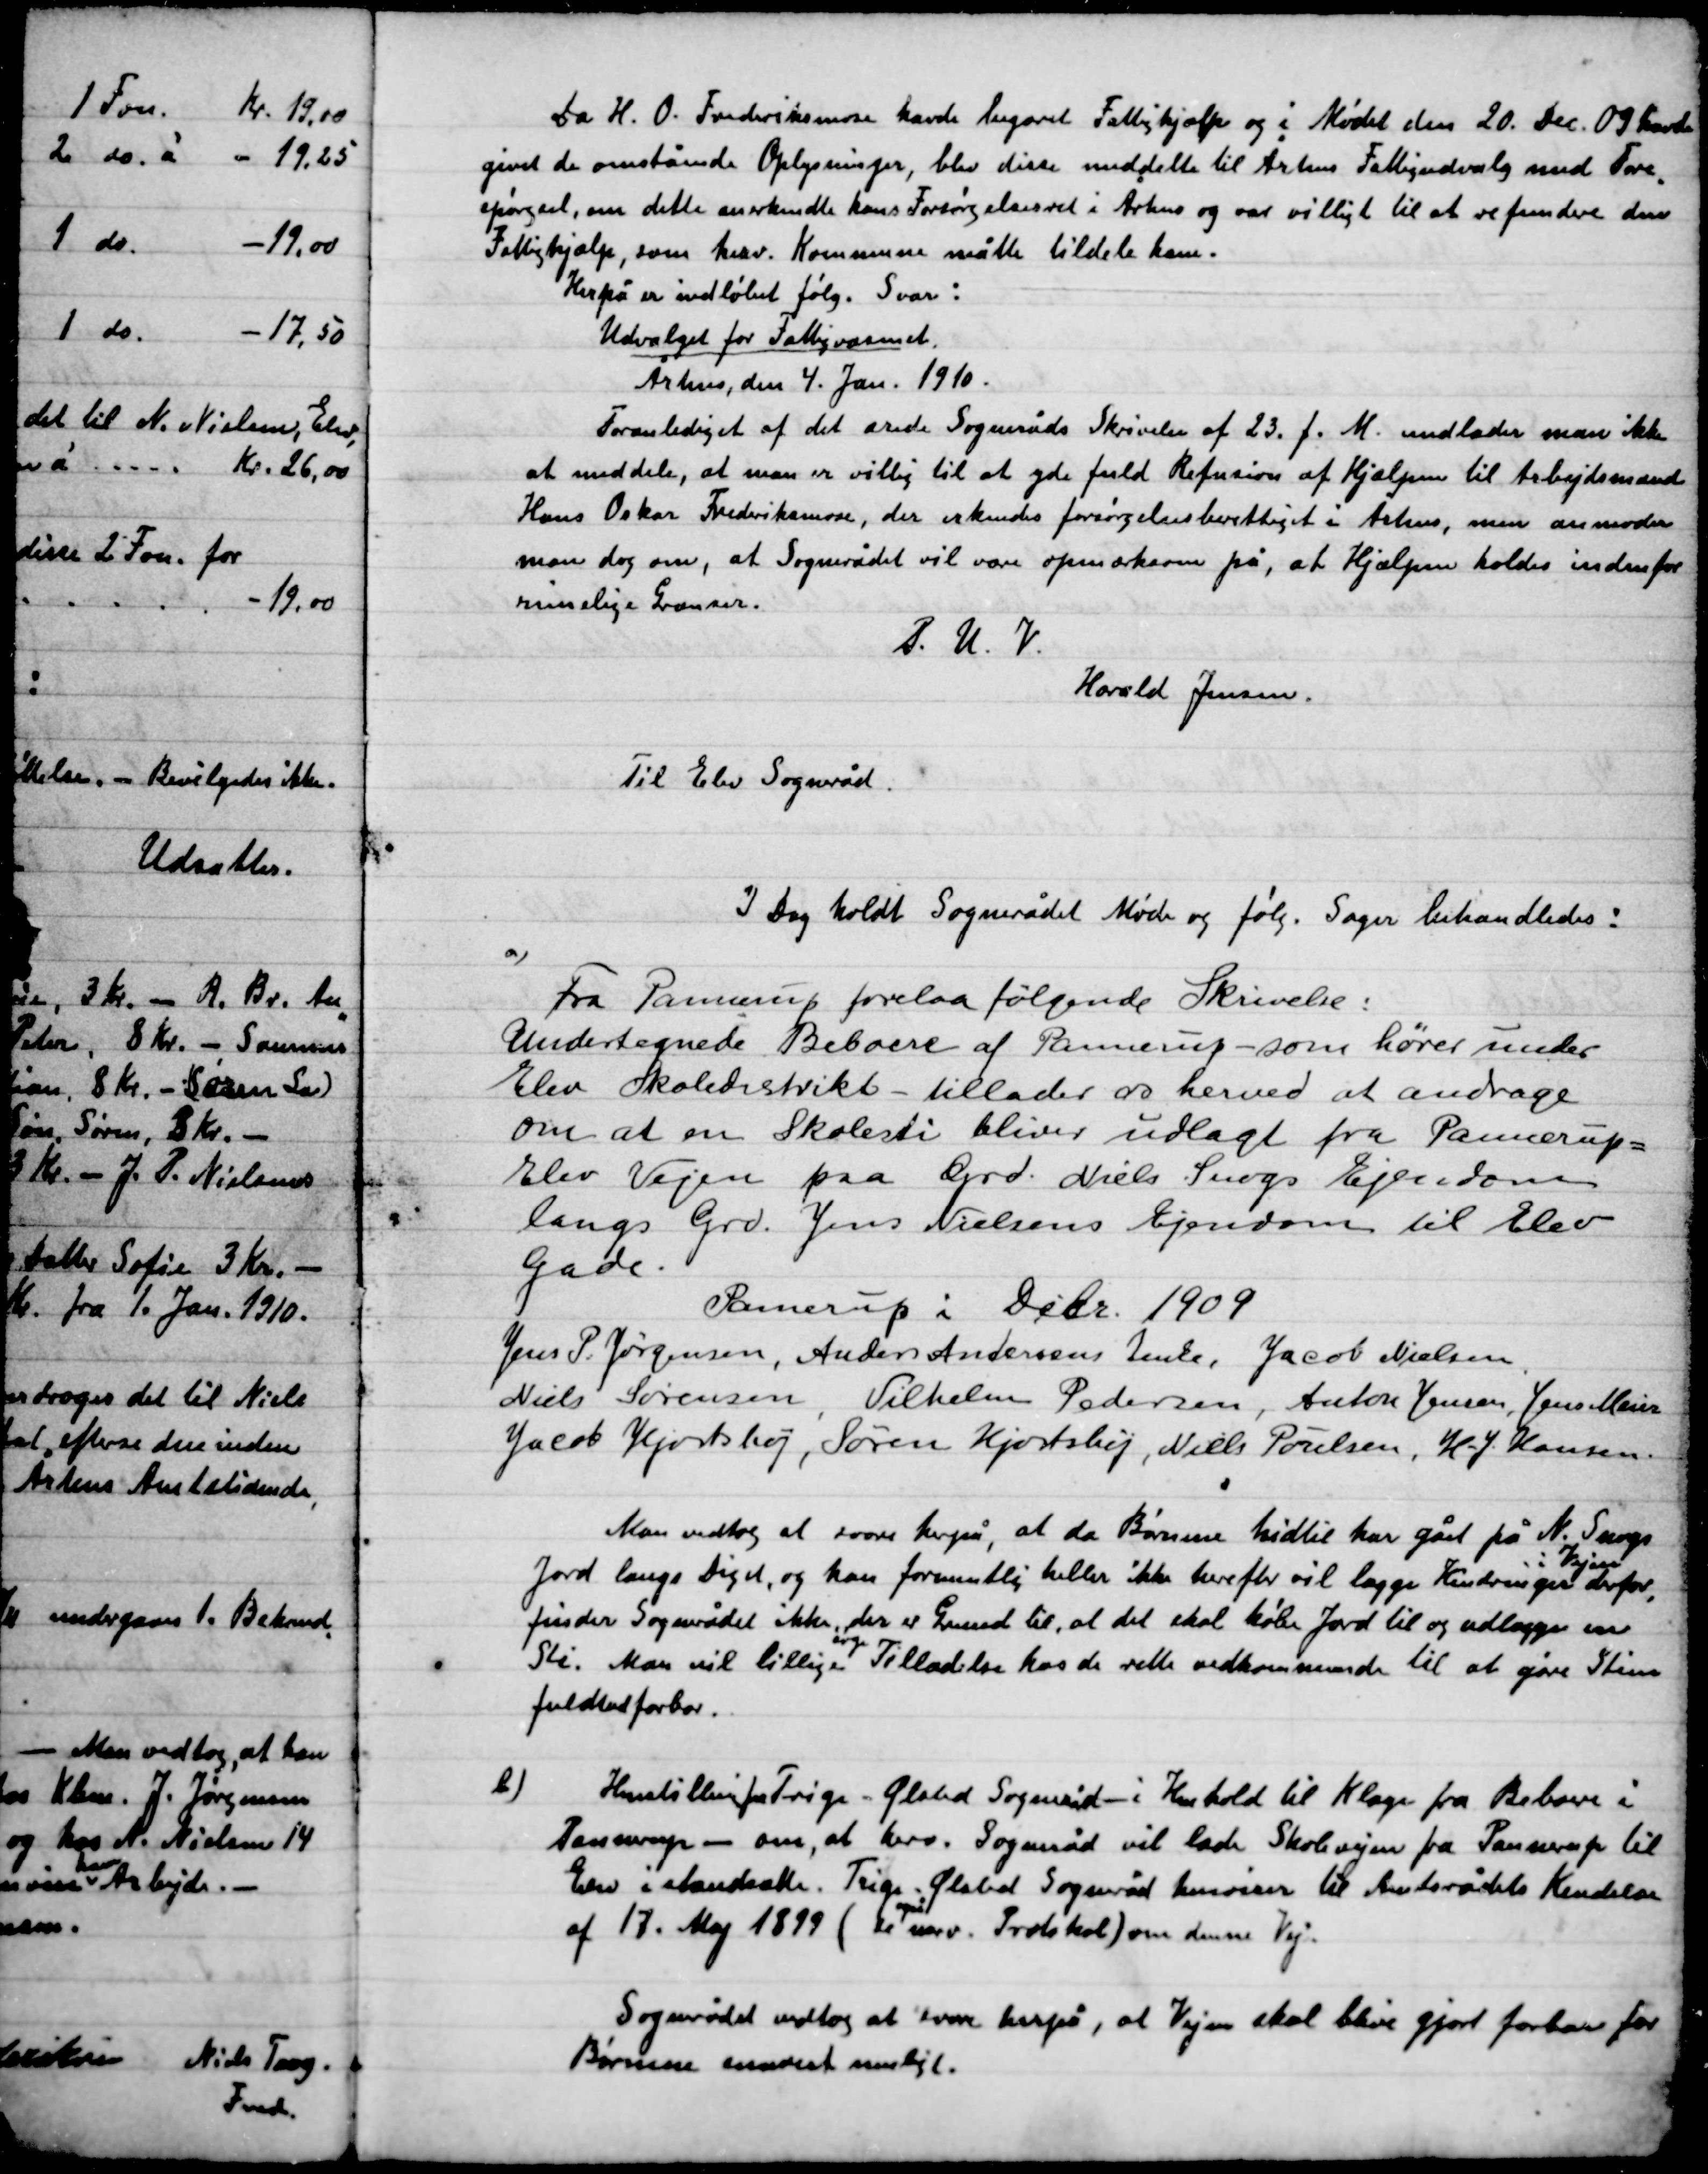
Transskription:
Da H.O. Frederiksmose havde begæret Fattighjælp og i Mødet den 20. Dec. 09 havde
givet de ovenstående Oplysninger, blev disse meddelt til Århus Fattigudvalg med Fore-
spørgsel, om dette anerkender hans forsørgelsesret i Århus og var villig til at refundere den
Fattighjælp, som herv. Kommune måtte tildele ham.
herpå er indløbet følg. Svar:
Udvalget for Fattigvæsnet
Århus, den 4. Jan. 1910.
Foranlediget af det ærede Sogneråds Skrivelse af 23. f. M. undlader man ikke
at meddele, at man er villig til at yde fuld Refusion af Hjælpen til Arbejdsmand
Hans Oskar Frederiksmose, der erkendes forsørgelses berettiget i Århus, men anmoder
man dog om, at Sognerådet vil være opmærksom på, at hjælpen holdes indenfor
rimelige Grænser.
P.U.V.
Harald Jensen
Til Elev Sogneråd.

I Dag holdt Sognerådet Møde og følg. Sager Behandledes:

a)

Fra Pannerup forelaa følgende Skrivelse:
Undertegnede Beboere af Pannerup – som hører under
Elev Skoledistrikt tillader os herved at andrage
om en skolesti bliver udlagt fra Pannerup-
Elev Vejen på Grd. Niels Snogs Ejendom
Langs Grd. Jens Nielsens Ejendom til Elev
Gade.
Pannerup i Debc, 1909
Jens P. Jørgensen, Anders Andersen Imka, Jacob Nielsen
Niels Sørensen Vilhelm Pedersen, Anton Jensen, Jens  Meiner
Jacob Hjortshøj, Søren Hjortshøj, Niels Poulsen, H. J. Hansen.

Man vedtog at svare herpå,  at da Børnene hidtil har gået på N. Snogs
Jord langs Diget, og kan formentlig heller ikke herefter vil lægge Hindringer
i Vejen
derfor
finder Sognerådet ikke, der er Grund til, det skal købe Jord til og udlægge en
Sti. Man vil tillige
søge
Tilladelse hos de rette vedkommende til at gøre Stien
fuldtud farbar.

b)

Henstilling fra Trige-Ølsted Sogneråd – i Henhold til Klage fra Beboere i
Pannerup – om, at herv. Sogneråd vil lade Skolevejen fra Pannerup til
Elev istandsætte. Trige-Ølsted Sogneråd henviser til Amtsrådets Kendelse
af 17. Maj 1899 (se også svar. Protokol) om denne Vej.
Sognerådet vedtog at svare derpå, at Vejen skal blive gjort farbar for
Børnene snarest muligt.